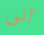
آنى